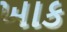
ખાક